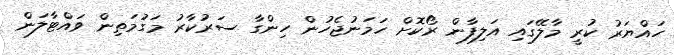
ހައްޔަރު ކުރީ މާލޭގައި އަލިފާން ރޯކޮށް ހަމަނުޖެހުން ހިންގާ ސަރުކާރު މަގުމަތިން ވައްޓާލަން